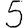
Digit: 5